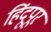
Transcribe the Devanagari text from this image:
हिंदूपूर